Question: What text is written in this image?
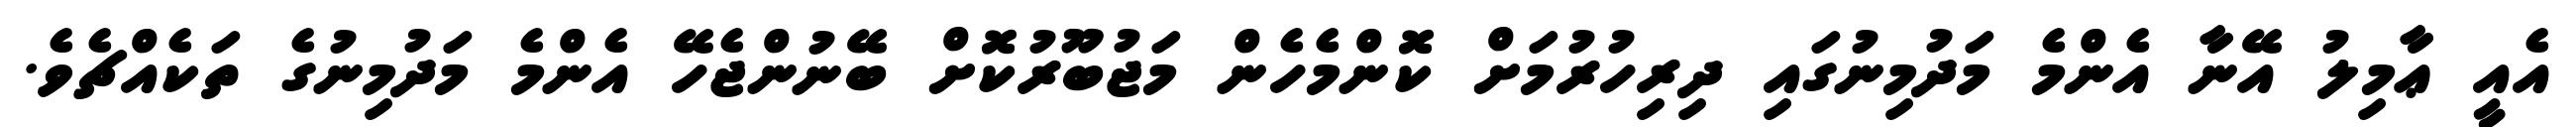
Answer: އެއީ ޢާމިލު އޭނާ އެންމެ މަދުމިނުގައި ދިރިހުރުމަށް ކޮންމެހެން މަޖުބޫރުކޮށް ބޭނުންޖެހޭ އެންމެ މަދުމިނުގެ ތަކެއްޗެވެ.